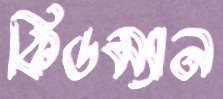
কিডম্যান